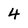
Character: 4